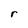
Character: r